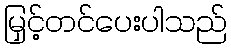
မြှင့်တင်ပေးပါသည်